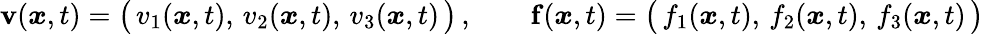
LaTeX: \mathbf{v}({\boldsymbol{x}},t)={\big(}\, v_{1}({\boldsymbol{x}},t),\, v_{2}({\boldsymbol{x}},t),\, v_{3}({\boldsymbol{x}},t)\, {\big)}\, ,\qquad\mathbf{f}({\boldsymbol{x}},t)={\big(}\, f_{1}({\boldsymbol{x}},t),\, f_{2}({\boldsymbol{x}},t),\, f_{3}({\boldsymbol{x}},t)\, {\big)}